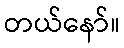
တယ်နော်။